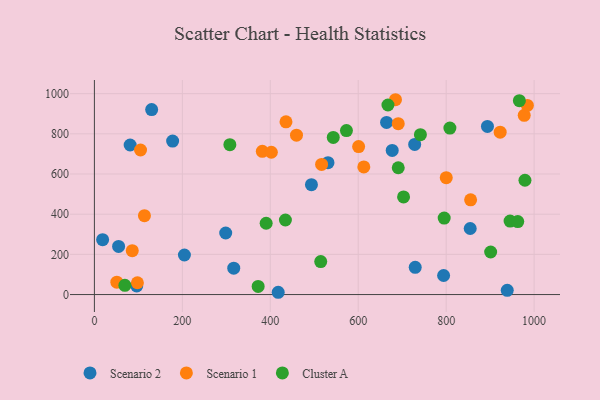
{"axis": {"x": "Price", "y": "Demand"}, "legend": ["Cluster A", "Scenario 1", "Scenario 2"], "data": [{"x": "130.2", "y": 921.0, "type": "Scenario 2"}, {"x": "794.2", "y": 94.7, "type": "Scenario 2"}, {"x": "81.3", "y": 744.3, "type": "Scenario 2"}, {"x": "316.9", "y": 131.1, "type": "Scenario 2"}, {"x": "938.9", "y": 21.1, "type": "Scenario 2"}, {"x": "728.4", "y": 747.1, "type": "Scenario 2"}, {"x": "677.3", "y": 717.6, "type": "Scenario 2"}, {"x": "96.2", "y": 43.1, "type": "Scenario 2"}, {"x": "204.7", "y": 196.9, "type": "Scenario 2"}, {"x": "664.5", "y": 856.7, "type": "Scenario 2"}, {"x": "493.6", "y": 547.1, "type": "Scenario 2"}, {"x": "298.6", "y": 306.4, "type": "Scenario 2"}, {"x": "729.6", "y": 135.4, "type": "Scenario 2"}, {"x": "418.0", "y": 11.3, "type": "Scenario 2"}, {"x": "854.7", "y": 328.7, "type": "Scenario 2"}, {"x": "55.0", "y": 239.6, "type": "Scenario 2"}, {"x": "18.7", "y": 272.9, "type": "Scenario 2"}, {"x": "177.9", "y": 764.0, "type": "Scenario 2"}, {"x": "893.9", "y": 837.0, "type": "Scenario 2"}, {"x": "531.2", "y": 656.3, "type": "Scenario 2"}, {"x": "516.7", "y": 647.8, "type": "Scenario 1"}, {"x": "113.8", "y": 392.4, "type": "Scenario 1"}, {"x": "612.7", "y": 635.2, "type": "Scenario 1"}, {"x": "922.8", "y": 808.5, "type": "Scenario 1"}, {"x": "855.6", "y": 471.7, "type": "Scenario 1"}, {"x": "459.6", "y": 793.2, "type": "Scenario 1"}, {"x": "977.5", "y": 892.3, "type": "Scenario 1"}, {"x": "86.1", "y": 218.5, "type": "Scenario 1"}, {"x": "381.9", "y": 713.0, "type": "Scenario 1"}, {"x": "402.4", "y": 708.3, "type": "Scenario 1"}, {"x": "51.0", "y": 61.7, "type": "Scenario 1"}, {"x": "691.0", "y": 850.7, "type": "Scenario 1"}, {"x": "104.9", "y": 719.5, "type": "Scenario 1"}, {"x": "800.2", "y": 582.0, "type": "Scenario 1"}, {"x": "97.8", "y": 58.7, "type": "Scenario 1"}, {"x": "984.7", "y": 941.2, "type": "Scenario 1"}, {"x": "684.7", "y": 969.8, "type": "Scenario 1"}, {"x": "435.7", "y": 859.8, "type": "Scenario 1"}, {"x": "600.9", "y": 736.6, "type": "Scenario 1"}, {"x": "741.4", "y": 796.0, "type": "Cluster A"}, {"x": "514.7", "y": 164.2, "type": "Cluster A"}, {"x": "434.4", "y": 371.0, "type": "Cluster A"}, {"x": "308.1", "y": 746.2, "type": "Cluster A"}, {"x": "543.2", "y": 781.9, "type": "Cluster A"}, {"x": "372.4", "y": 40.5, "type": "Cluster A"}, {"x": "979.2", "y": 568.9, "type": "Cluster A"}, {"x": "808.5", "y": 828.9, "type": "Cluster A"}, {"x": "945.4", "y": 365.9, "type": "Cluster A"}, {"x": "795.5", "y": 380.7, "type": "Cluster A"}, {"x": "966.5", "y": 965.0, "type": "Cluster A"}, {"x": "703.1", "y": 486.0, "type": "Cluster A"}, {"x": "573.2", "y": 816.0, "type": "Cluster A"}, {"x": "691.0", "y": 631.3, "type": "Cluster A"}, {"x": "962.8", "y": 363.3, "type": "Cluster A"}, {"x": "390.6", "y": 354.9, "type": "Cluster A"}, {"x": "901.2", "y": 211.7, "type": "Cluster A"}, {"x": "667.6", "y": 943.6, "type": "Cluster A"}, {"x": "69.3", "y": 45.9, "type": "Cluster A"}]}